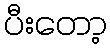
ပီးတော့